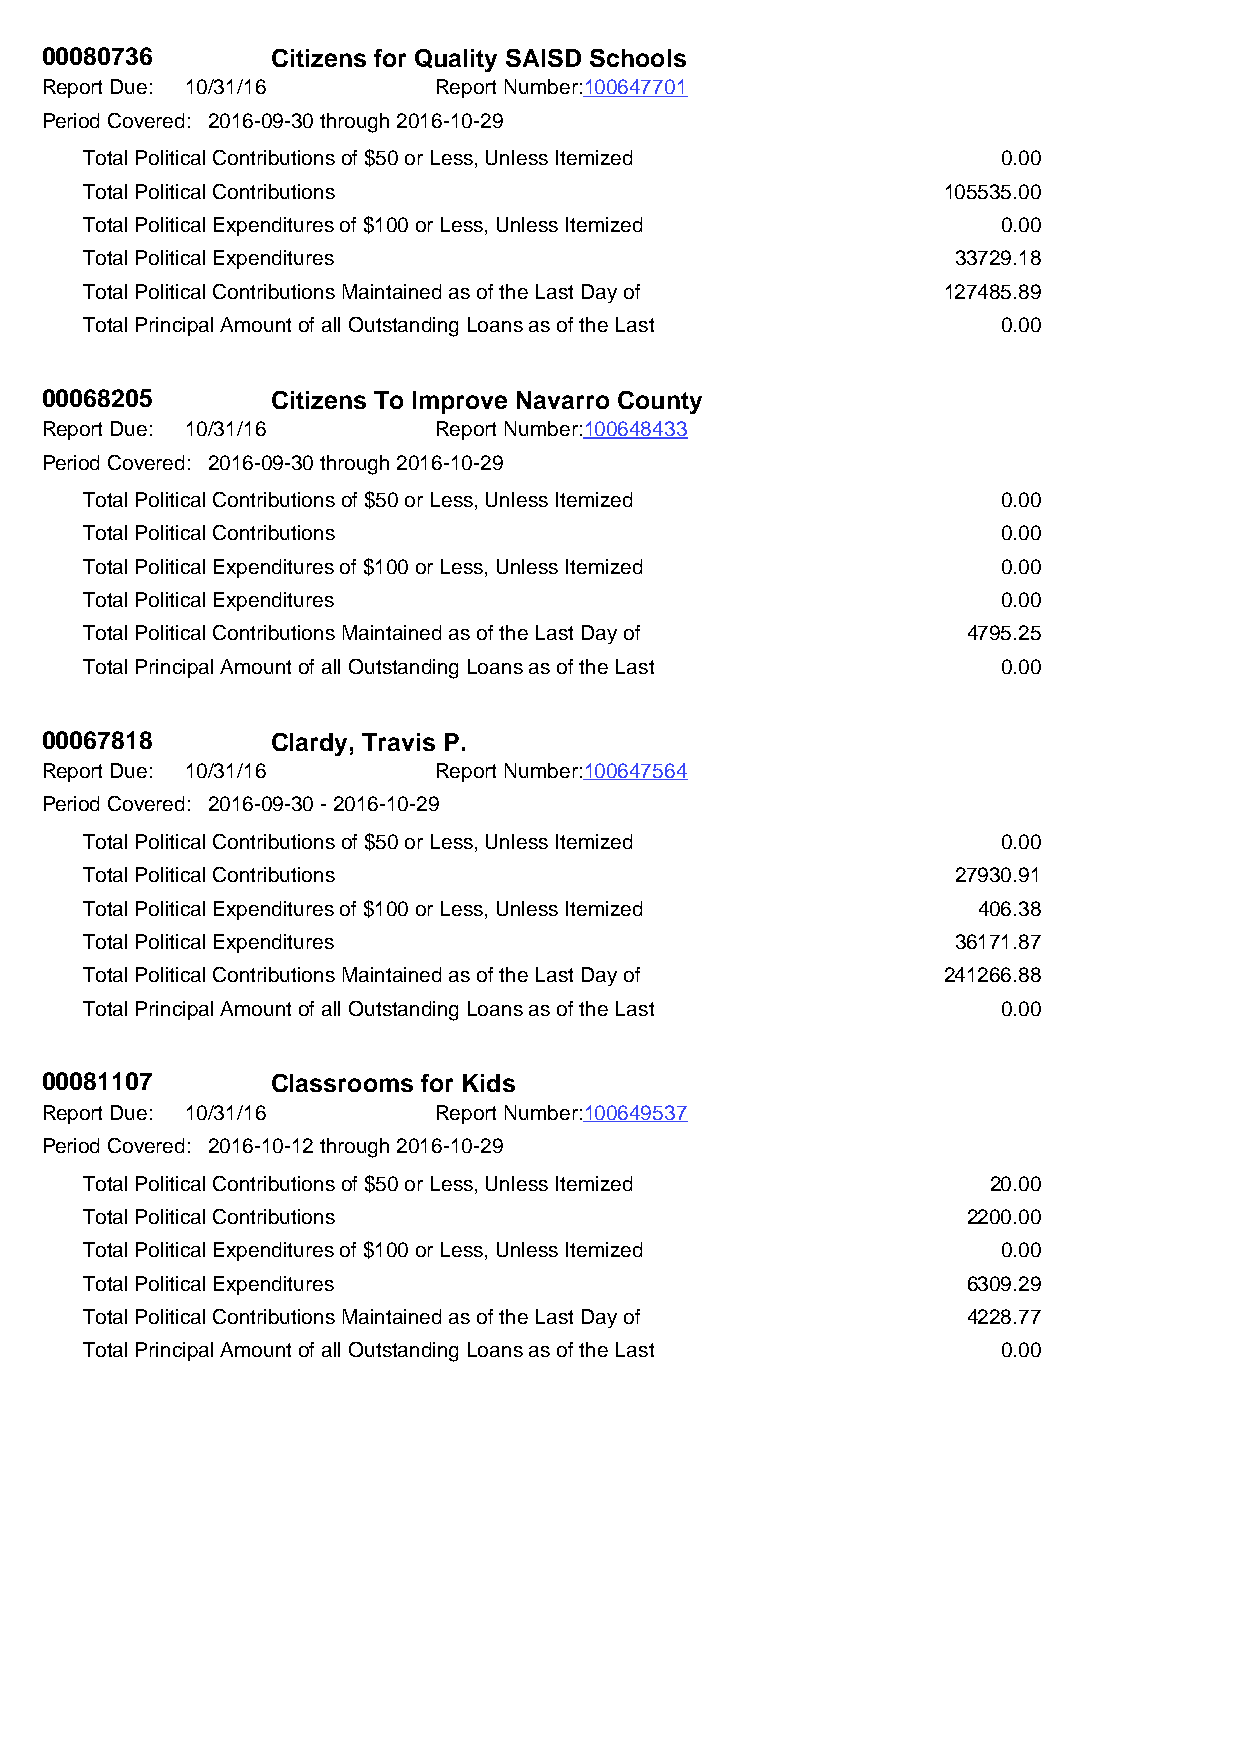
00080736       Citizens for Quality SAISD Schools
 Report Due: 10/31/16      Report Number:100647701
 Period Covered: 2016-09-30 through 2016-10-29
 Total Political Contributions of $50 or Less, Unless Itemized 0.00
 Total Political Contributions                           105535.00
 Total Political Expenditures of $100 or Less, Unless Itemized 0.00
 Total Political Expenditures                             33729.18
 Total Political Contributions Maintained as of the Last Day of 127485.89
 Total Principal Amount of all Outstanding Loans as of the Last 0.00
 00068205       Citizens To Improve Navarro County
 Report Due: 10/31/16      Report Number:100648433
 Period Covered: 2016-09-30 through 2016-10-29
 Total Political Contributions of $50 or Less, Unless Itemized 0.00
 Total Political Contributions                               0.00
 Total Political Expenditures of $100 or Less, Unless Itemized 0.00
 Total Political Expenditures                                0.00
 Total Political Contributions Maintained as of the Last Day of 4795.25
 Total Principal Amount of all Outstanding Loans as of the Last 0.00
 00067818       Clardy, Travis P.
 Report Due: 10/31/16      Report Number:100647564
 Period Covered: 2016-09-30 - 2016-10-29
 Total Political Contributions of $50 or Less, Unless Itemized 0.00
 Total Political Contributions                            27930.91
 Total Political Expenditures of $100 or Less, Unless Itemized 406.38
 Total Political Expenditures                             36171.87
 Total Political Contributions Maintained as of the Last Day of 241266.88
 Total Principal Amount of all Outstanding Loans as of the Last 0.00
 00081107       Classrooms for Kids
 Report Due: 10/31/16      Report Number:100649537
 Period Covered: 2016-10-12 through 2016-10-29
 Total Political Contributions of $50 or Less, Unless Itemized 20.00
 Total Political Contributions                             2200.00
 Total Political Expenditures of $100 or Less, Unless Itemized 0.00
 Total Political Expenditures                              6309.29
 Total Political Contributions Maintained as of the Last Day of 4228.77
 Total Principal Amount of all Outstanding Loans as of the Last 0.00